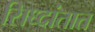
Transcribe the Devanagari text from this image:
सिध्दांतात